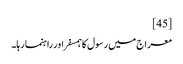
[45]
معراج میں رسول کا ہمسفر اور راہنما رہا۔